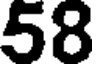
58